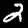
Label: 2